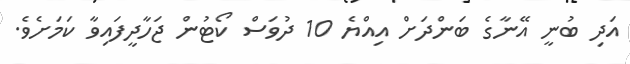
އަދި ބުނީ އޭނާގެ ބަންދަށް އިއްޔެ 10 ދުވަސް ކޯޓުން ޖަހާދީފައިވާ ކަމަށެވެ.